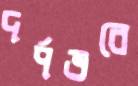
দর্পভরে